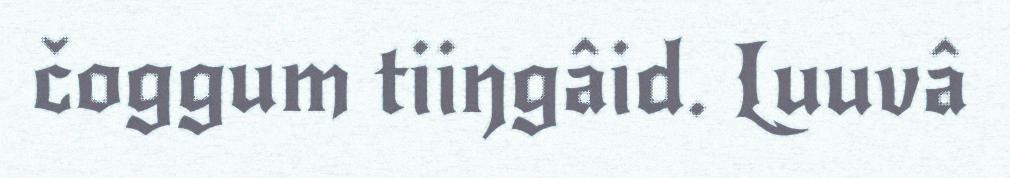
čoggum tiiŋgâid. Luuvâ